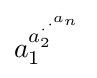
a_{1}^{a_{2}^{\cdot ^{\cdot ^{a_{n}}}}}